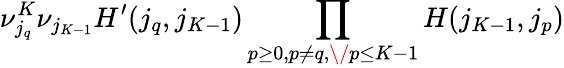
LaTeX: \nu_{j_{q}}^{K}\nu_{j_{K-1}}H^{\prime}(j_{q},j_{K-1})\prod_{p\geq 0,p\neq q,\/ p\leq K-1}H(j_{K-1},j_{p})